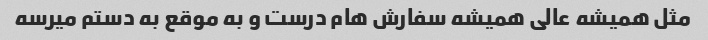
مثل همیشه عالی همیشه سفارش هام درست و به موقع به دستم میرسه